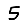
Digit: 5